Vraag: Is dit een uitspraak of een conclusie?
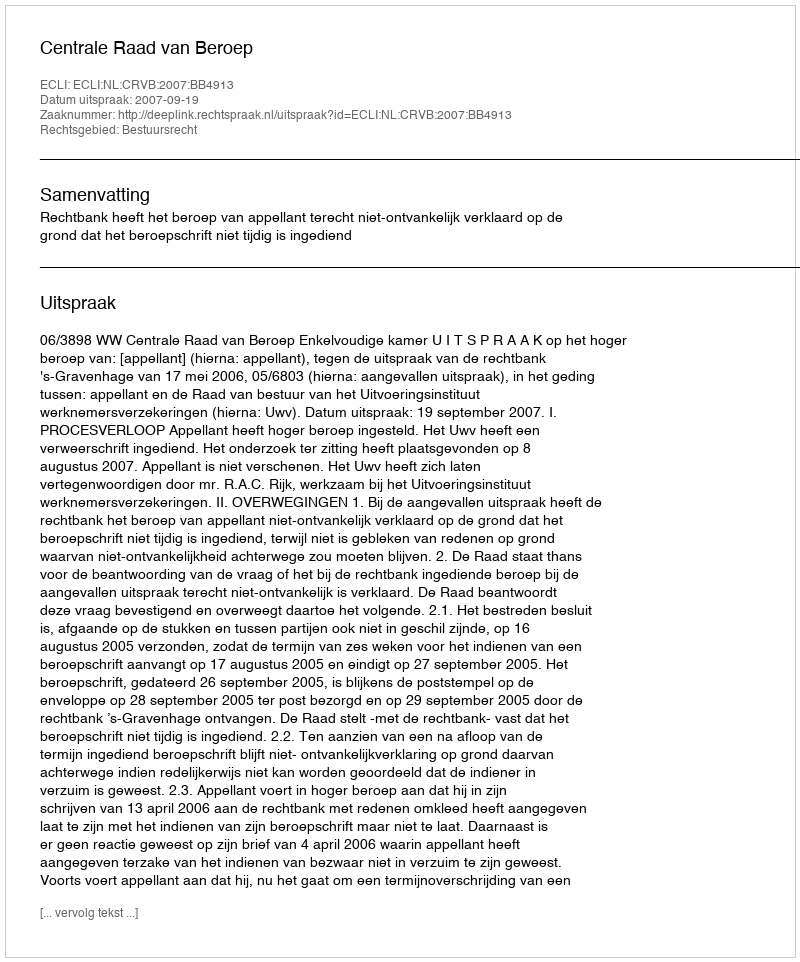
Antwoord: Uitspraak